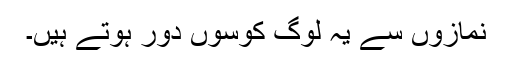
نمازوں سے یہ لوگ کوسوں دور ہوتے ہیں۔